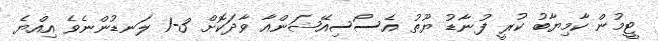
ޓީމުން ކާމިޔާބު ކުރީ ފުނާޑު ޔޫތު އެސޯސިއޭޝަންއާ ވާދަކޮށް 3-1 ލަނޑުންނެވެ އިއްޔެ